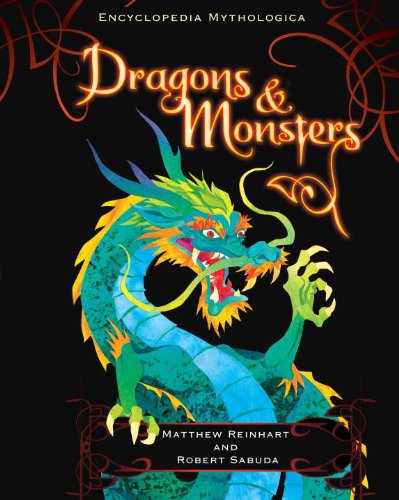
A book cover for Encyclopedia Mythologica: Dragons and Monsters Pop-Up; Matthew Reinhart; Reference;